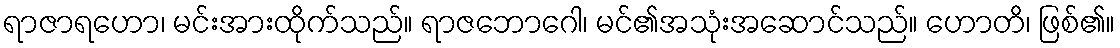
ရာဇာရဟော၊ မင်းအားထိုက်သည်။ ရာဇဘောဂေါ၊ မင်၏အသုံးအဆောင်သည်။ ဟောတိ၊ ဖြစ်၏။